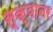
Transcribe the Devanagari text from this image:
स्क्यानर